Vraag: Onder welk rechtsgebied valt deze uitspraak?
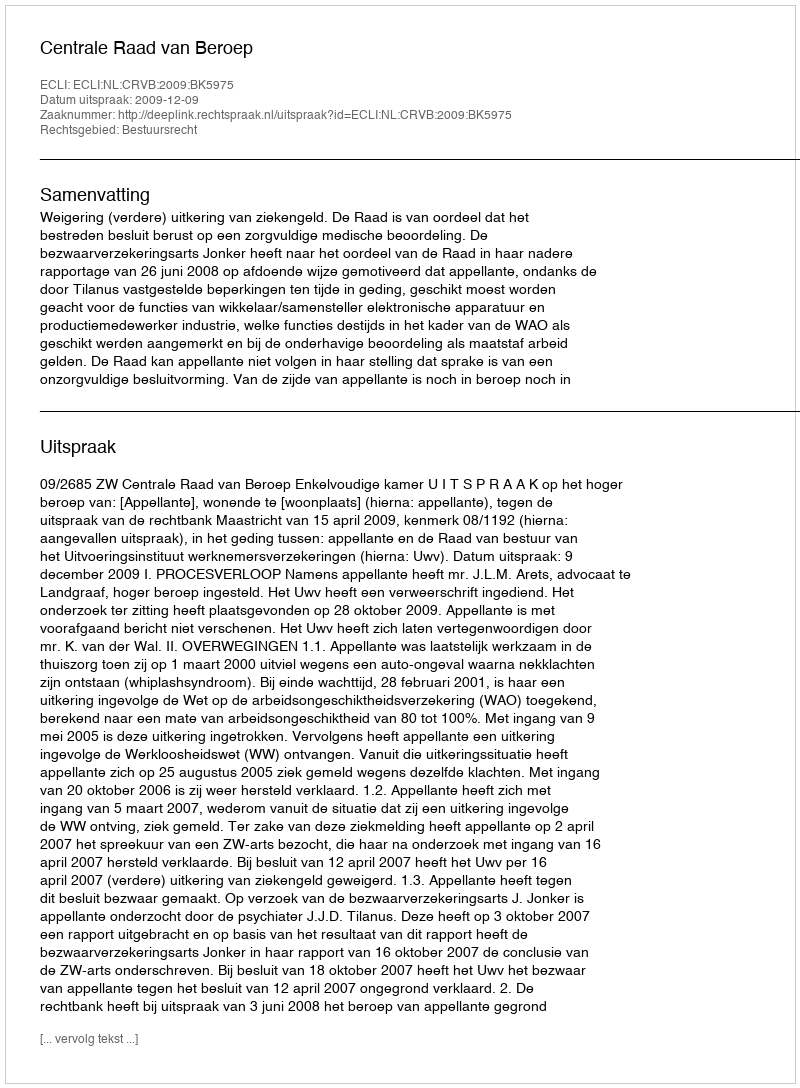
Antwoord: Bestuursrecht